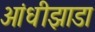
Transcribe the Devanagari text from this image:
आंधीझाडा